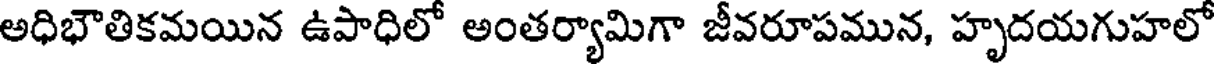
అధిభౌతికమయిన ఉపాధిలో అంతర్యామిగా జీవరూపమున, హృదయగుహలో